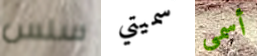
سلس سميتي أسمى